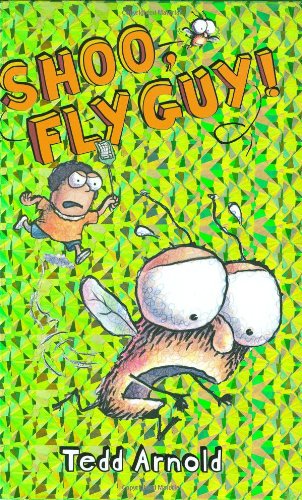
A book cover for Shoo, Fly Guy! (Fly Guy, No. 3); Tedd Arnold; Children's Books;